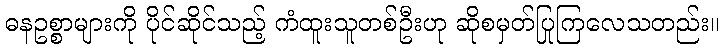
ဓနဥစ္စာများကို ပိုင်ဆိုင်သည့် ကံထူးသူတစ်ဦးဟု ဆိုစမှတ်ပြုကြလေသတည်း။